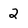
Character: 2